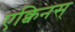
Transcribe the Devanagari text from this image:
एक्विनस्